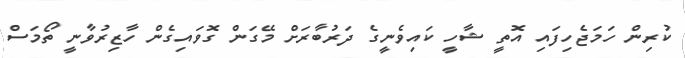
ކުރިން ހަމަޖެހިފައި އޮތީ ޝާހީ ކައިވެނީގެ ދަރުބާރަށް މޭގަން ގޮވައިގެން ހާޒިރުވާނީ ތޯމަސް